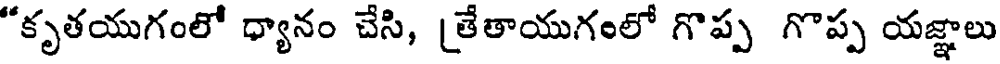
"కృతయుగంలో ధ్యానం చేసి, [తేతాయుగంలో గొప్ప గొప్ప యజ్ఞాలు